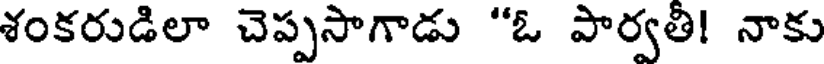
శంకరుడిలా చెప్పసాగాడు "ఓ పార్వతీ! నాకు